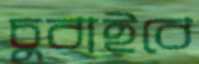
চুবাইবে